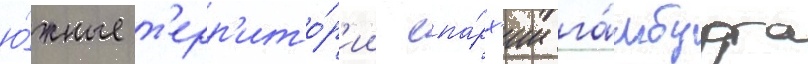
ю́жные т'ерр'ито́р'ии епа́рх'ии га́мбурга